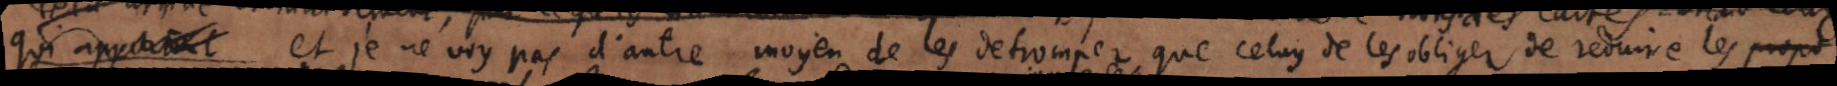
qui apportent et je ne voy pas d’autre moyen de les detrompez que celuy de les obliger de reduire les propos